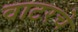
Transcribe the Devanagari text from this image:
वाटरचे